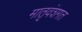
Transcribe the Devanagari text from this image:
मातृवंशगत